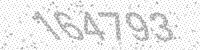
Solution: 164793